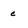
Character: c